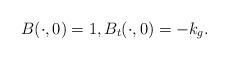
LaTeX: \begin{align*}B(\cdot,0)=1,B_t(\cdot,0)=-k_g.\end{align*}